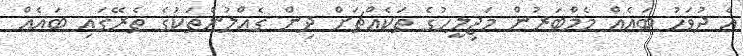
އެ ދުވަހު ބައެއް މެމްބަރުން މަޖިލީހުގެ ތަކެއްޗަށް ދިން ގެއްލުންތަކުގެ ތެރޭގައި ބައެއް